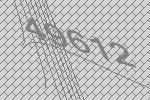
49612